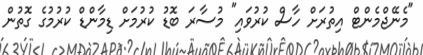
"މެނޭޖްމެންޓް އިތުރަށް ހާސް ކުރުވައި" މުސާރަ ބޮޑު ކުރުމަށް ޑިމާންޑް ކުރުމުގެ ގޮތުން